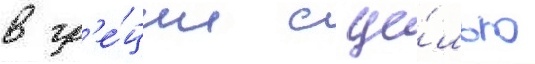
в гр'е́ции с це́лью